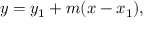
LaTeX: y = y _ { 1 } + m ( x - x _ { 1 } ) ,